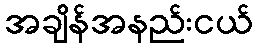
အချိန်အနည်းငယ်